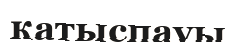
қатыспауы